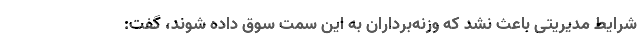
شرایط مدیریتی باعث نشد که وزنه‌برداران به این سمت سوق داده شوند، گفت: